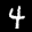
Label: 4